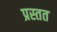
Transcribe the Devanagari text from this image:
प्रस्तत